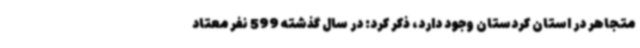
متجاهر در استان کردستان وجود دارد، ذکر کرد: در سال گذشته 599 نفر معتاد